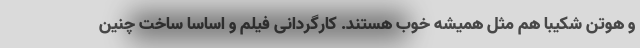
و هوتن شکیبا هم مثل همیشه خوب هستند. کارگردانی فیلم و اساسا ساخت چنین